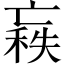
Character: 𠅼